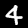
Digit: 4